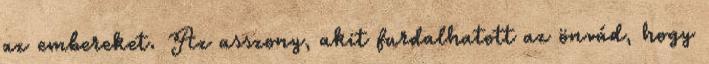
az embereket. Az asszony, akit furdalhatott az önvád, hogy